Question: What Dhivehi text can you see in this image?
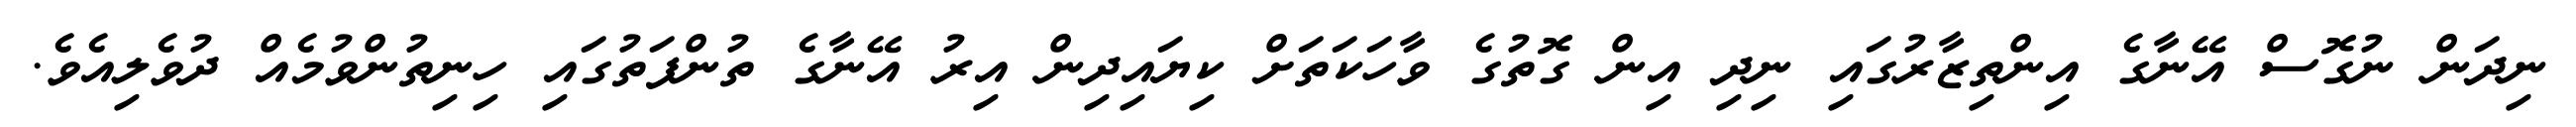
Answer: ނިދަން ނުގޮސް އޭނާގެ އިންތިޒާރުގައި ނިދި އިން ގޮތުގެ ވާހަކަތަށް ކިޔައިދިން އިރު އޭނާގެ ތުންފަތުގައި ހިނިތުންވުމެއް ދުވެލިއެވެ.